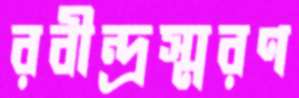
রবীন্দ্রস্মরণ